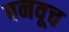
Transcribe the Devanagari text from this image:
बनवूच